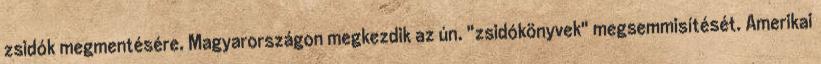
zsidók megmentésére. Magyarországon megkezdik az ún. "zsidókönyvek" megsemmisítését. Amerikai